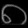
Digit: ၈